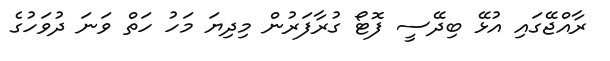
ރާއްޖޭގައި އުޅޭ ބިދޭސީ ފޮޓޯ ގުރާފަރުން މިދިޔަ މަހު ހަތް ވަނަ ދުވަހުގެ